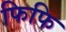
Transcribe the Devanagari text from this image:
फिफि